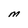
Character: M